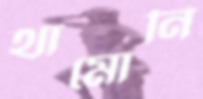
থামোনি